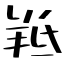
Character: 羝